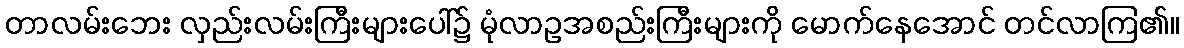
တာလမ်းဘေး လှည်းလမ်းကြီးများပေါ်၌ မုံလာဥအစည်းကြီးများကို မောက်နေအောင် တင်လာကြ၏။